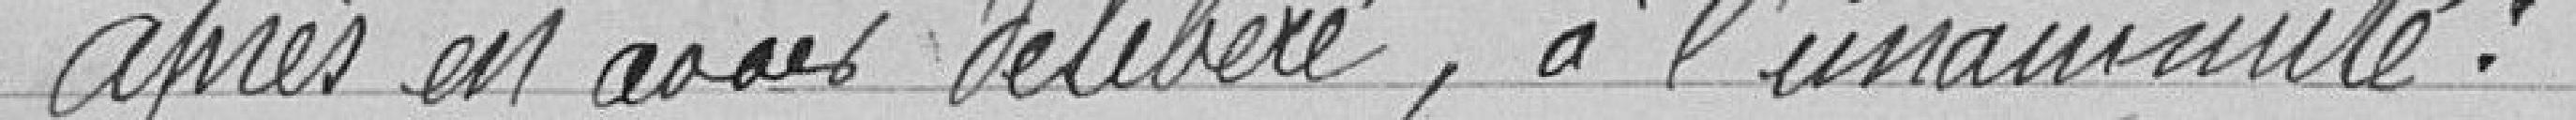
Après en avoir délibéré, à l'unanimité :